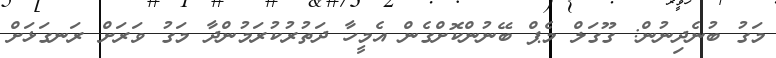
މަގު ބުނެދިނުން: ގޫގަލް މެޕް ބޭނުންކޮށްގެން އެމީހާ ދަތުރުކުރަމުންދާ މަގު ވަރަށް ރަނގަޅަށް